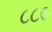
૮૮૯